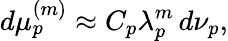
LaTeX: d\mu_{p}^{(m)}\approx C_{p}\lambda_{p}^{m}\, d\nu_{p},